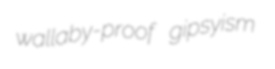
wallaby-proof gipsyism